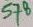
Text: 578